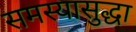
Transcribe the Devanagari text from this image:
समस्यासुद्धा